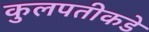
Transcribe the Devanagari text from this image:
कुलपतीकडे